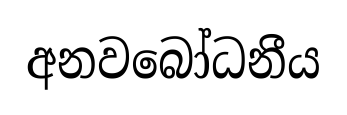
අනවබෝධනීය